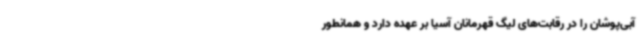
آبی‌پوشان را در رقابت‌های لیگ قهرمانان آسیا بر عهده دارد و همانطور